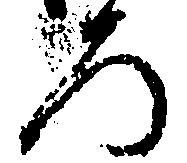
ろ